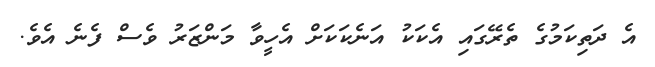
އެ ދަތިކަމުގެ ތެރޭގައި އެކަކު އަނެކަކަށް އެހީވާ މަންޒަރު ވެސް ފެނެ އެވެ.